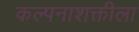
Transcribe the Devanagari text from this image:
कल्पनाशक्तीला